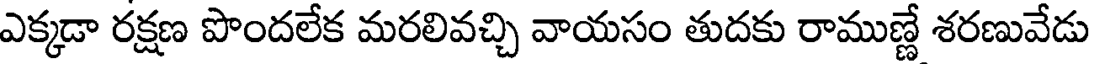
ఎక్కడా రక్షణ పొందలేక మరలివచ్చి వాయసం తుదకు రాముణ్ణే శరణువేడు